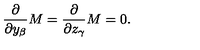
{ \frac { \partial } { \partial y _ { \beta } } } M = { \frac { \partial } { \partial z _ { \gamma } } } M = 0 .